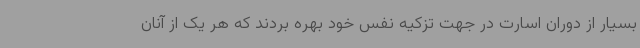
بسیار از دوران اسارت در جهت تزکیه نفس خود بهره بردند که هر یک از آنان